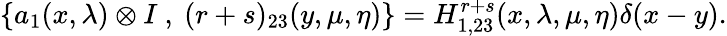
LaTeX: \{ a_{1}(x,\lambda)\otimes I~,~(r+s)_{23}(y,\mu,\eta)\} =H_{1,23}^{r+s}(x,\lambda,\mu,\eta)\delta(x-y).